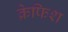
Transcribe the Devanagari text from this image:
क्रेफिश